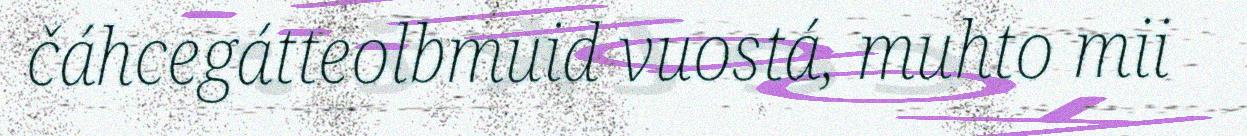
čáhcegátteolbmuid vuostá, muhto mii